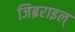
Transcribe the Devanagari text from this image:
जिब्रराइल्